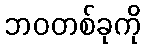
ဘဝတစ်ခုကို